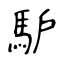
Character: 馿